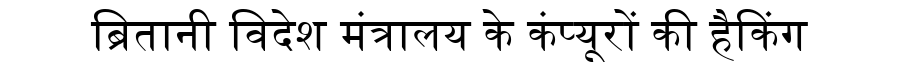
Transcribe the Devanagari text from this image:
ब्रितानी विदेश मंत्रालय के कंप्यूरों की हैकिंग